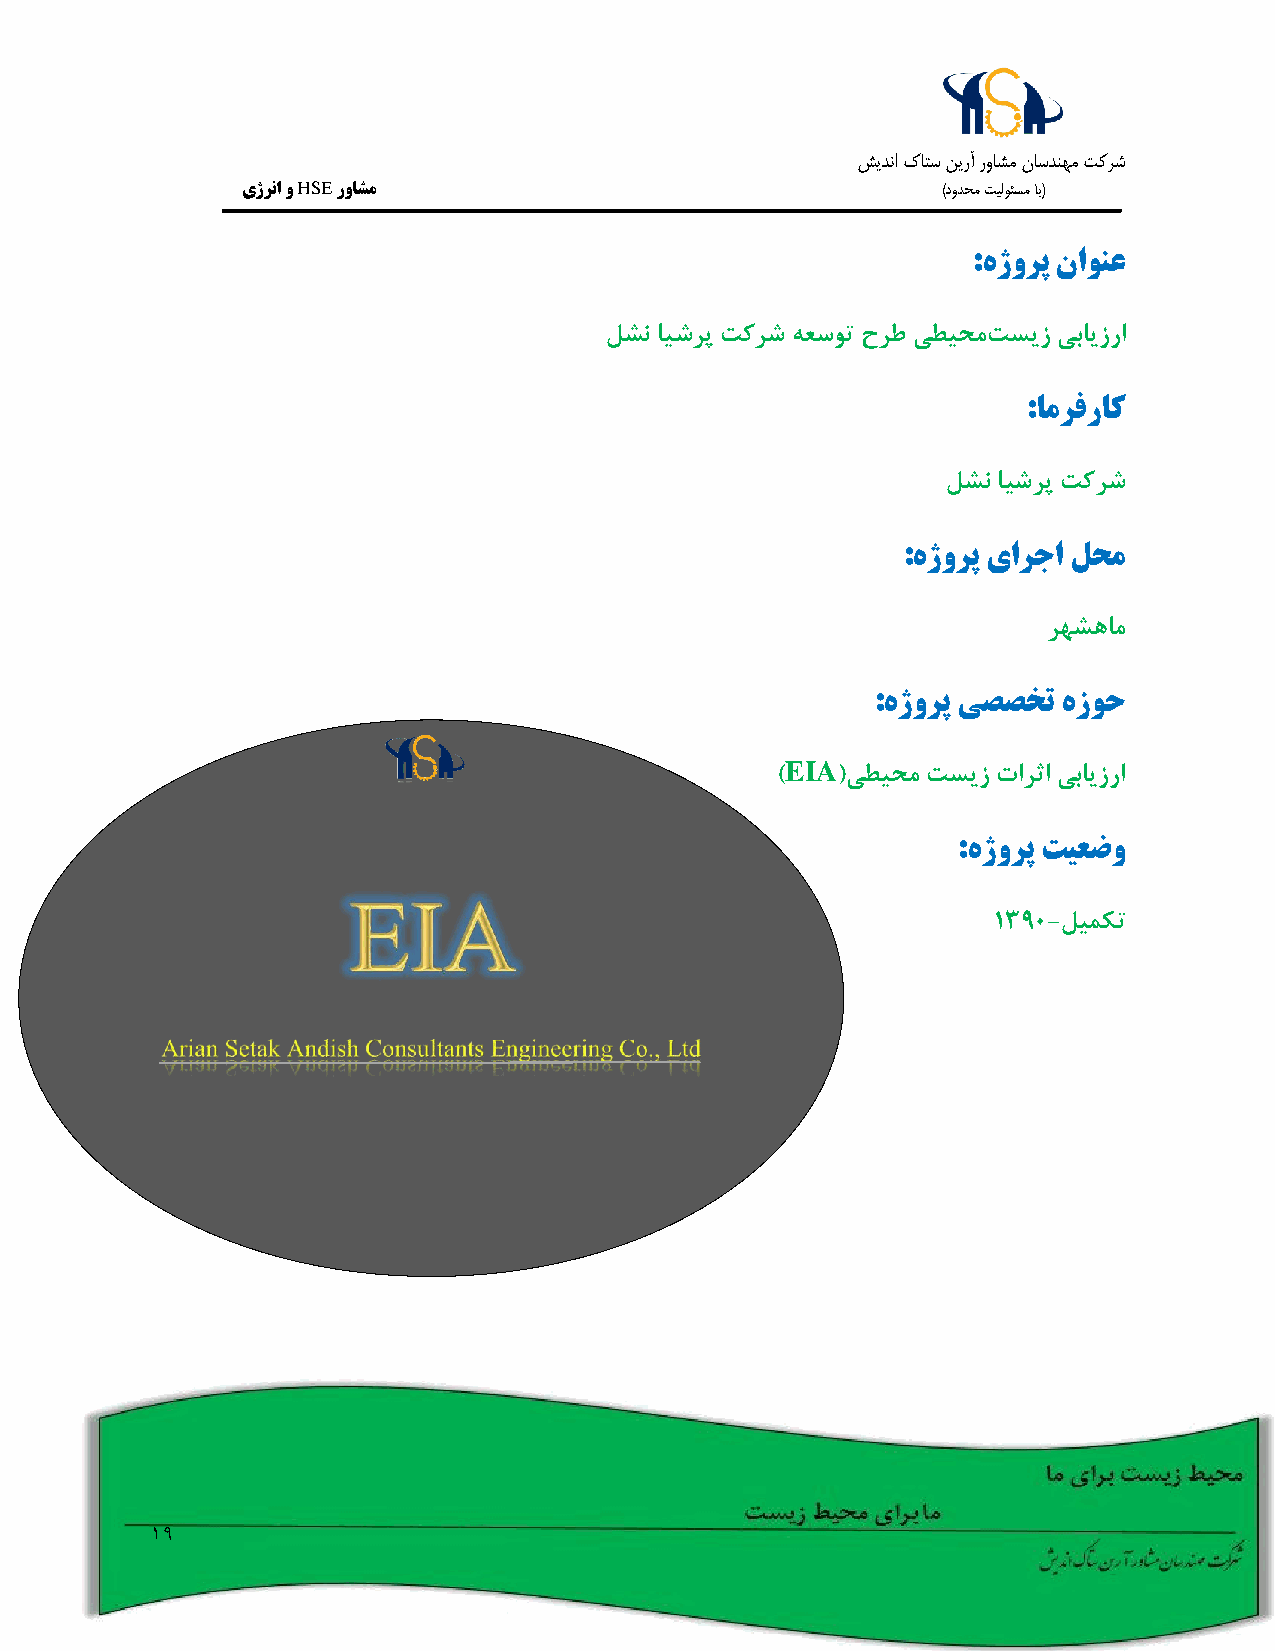
شيدنا كاتس نيرآ رواشم ناسدنهم تکرش
 یژرنا و HSE رواشم                             )دودحم تيلوئسم اب(
 :هژورپ ناونع
 لشن ایشرپ تکرش هعسوت حرط یطیحمتسیز یبایزرا
 :امرفراک
 لشن ایشرپ تکرش
 :هژورپ یارجا لحم
 رهشهام
 :هژورپ یصصخت هزوح
 EIA
 )   (یطیحم تسیز تارثا یبایزرا
 :هژورپ تیعضو
 1390-لیمکت
 19